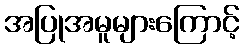
အပြုအမူများကြောင့်